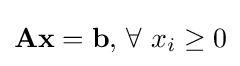
\mathbf {A} \mathbf {x} =\mathbf {b} ,\,\forall \ x_{i}\geq 0